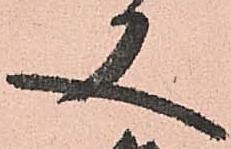
又